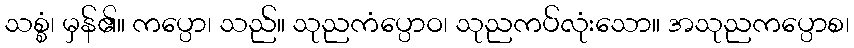
သစ္စံ၊ မှန်၏။ ကပ္ပော၊ သည်။ သုညကံပ္ပောဝ၊ သုညကပ်လုံးသော။ အသုညကပ္ပောစ၊